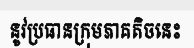
នូវប្រធានក្រុមភាគតិចនេះ